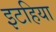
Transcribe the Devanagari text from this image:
इटहिया